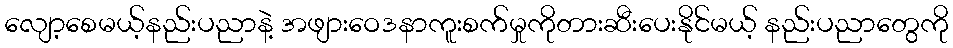
လျော့စေမယ့်နည်းပညာနဲ့ အဖျားဝေဒနာကူးစက်မှုကိုတားဆီးပေးနိုင်မယ့် နည်းပညာတွေကို